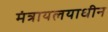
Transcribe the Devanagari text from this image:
मंत्रायलयाधीन